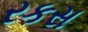
રકસ